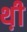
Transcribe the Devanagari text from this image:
थ़ी